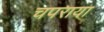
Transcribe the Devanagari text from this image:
चपराया